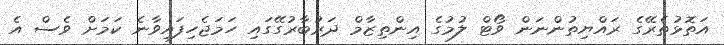
އަތޮޅުތެރޭގެ ރައްޔިތުންނަން ވޯޓް ލުމުގެ އިންތިޒާމް ދަރުބާރުގޭގައި ހަމަޖެހިފައިވާނެ ކަމަށް ވެސް އެ